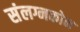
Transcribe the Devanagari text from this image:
संलग्नकोन